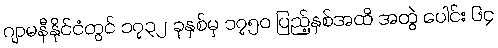
ဂျာမနီနိုင်ငံတွင် ၁၇၃၂ ခုနှစ်မှ ၁၇၅၀ ပြည့်နှစ်အထိ အတွဲ ပေါင်း ၆၄